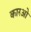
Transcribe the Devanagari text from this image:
कारओ